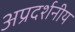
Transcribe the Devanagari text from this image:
अप्रदर्शनीय